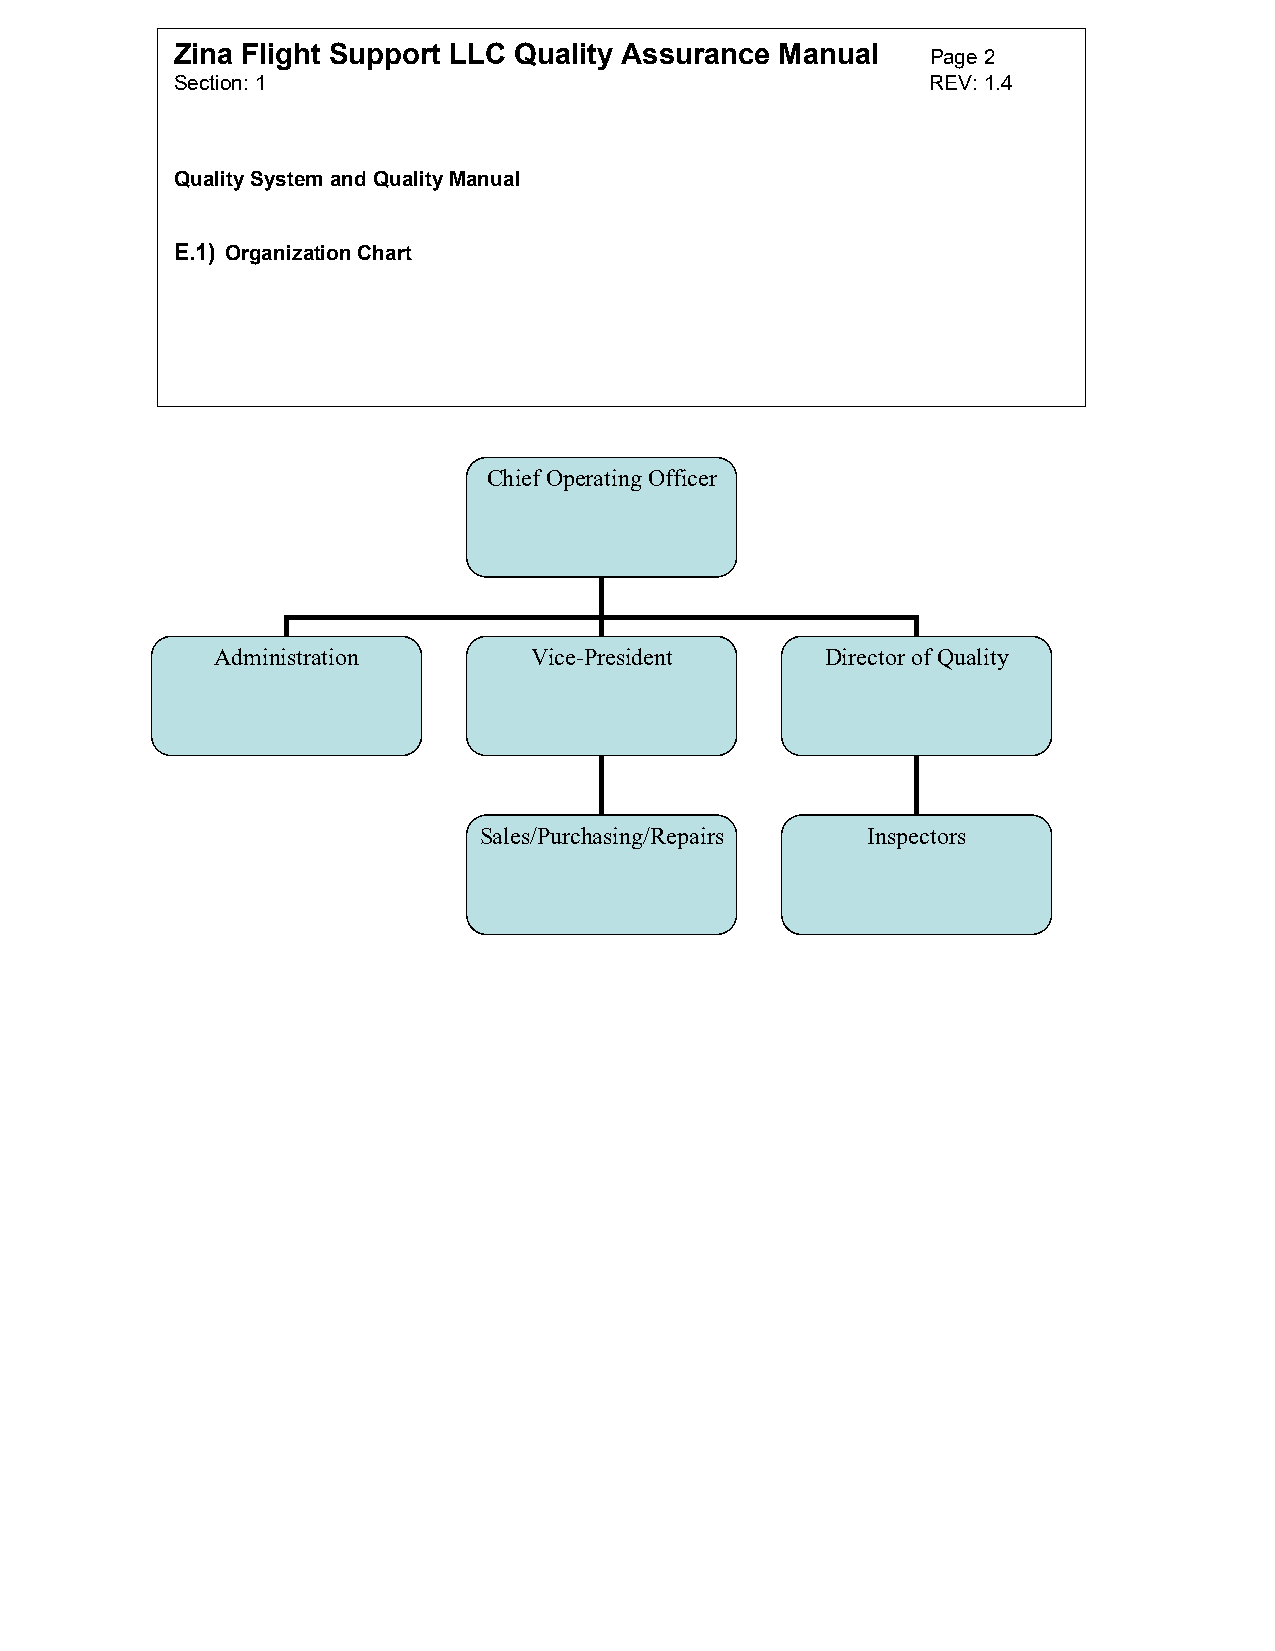
Zina Flight Support LLC Quality Assurance Manual  Page 2
 Section: 1                                        REV: 1.4
 Quality System and Quality Manual
 E.1) Organization Chart
 Chief Operating Officer
 Administration       Vice-President      Director of Quality
 Sales/Purchasing/Repairs Inspectors